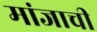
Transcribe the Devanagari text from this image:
मांजाची